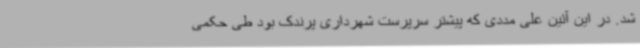
شد. در این آئین علی مددی که پیشتر سرپرست شهرداری پرندک بود طی حکمی